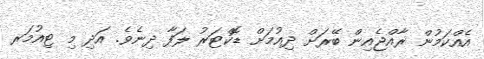
އެއްކަމުން ރާއްޖެއިން ބޭރަށް ދިއުމަށް ޑޮކްޓަރު ލަފާ ދިނެވެ. އަދި މި ޓިއުމަރ